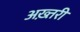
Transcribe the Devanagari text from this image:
अख़्तरी